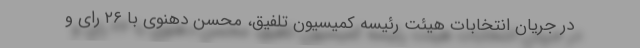
در جریان انتخابات هیئت رئیسه کمیسیون تلفیق، محسن دهنوی با ۲۶ رای و